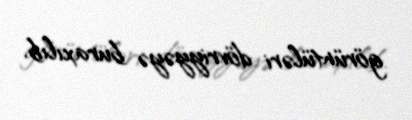
görüntüləri dövriyyəyə buraxılıb.